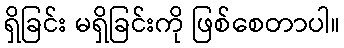
ရှိခြင်း မရှိခြင်းကို ဖြစ်စေတာပါ။